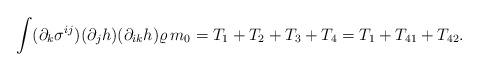
LaTeX: \begin{align*}\int (\partial_k \sigma^{ij}) (\partial_j h) (\partial_{ik}h)\varrho\, m_0 =T_1+T_2+T_3+T_4=T_1+T_{41}+T_{42}.\end{align*}